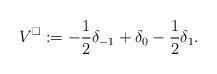
LaTeX: \begin{align*} V^\square &:= -\frac{1}{2} \delta_{-1} + \delta_0 - \frac{1}{2} \delta_1. \end{align*}